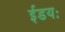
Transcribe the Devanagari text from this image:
ईडयः